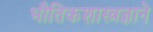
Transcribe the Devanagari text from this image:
भौतिकशास्त्रज्ञाने